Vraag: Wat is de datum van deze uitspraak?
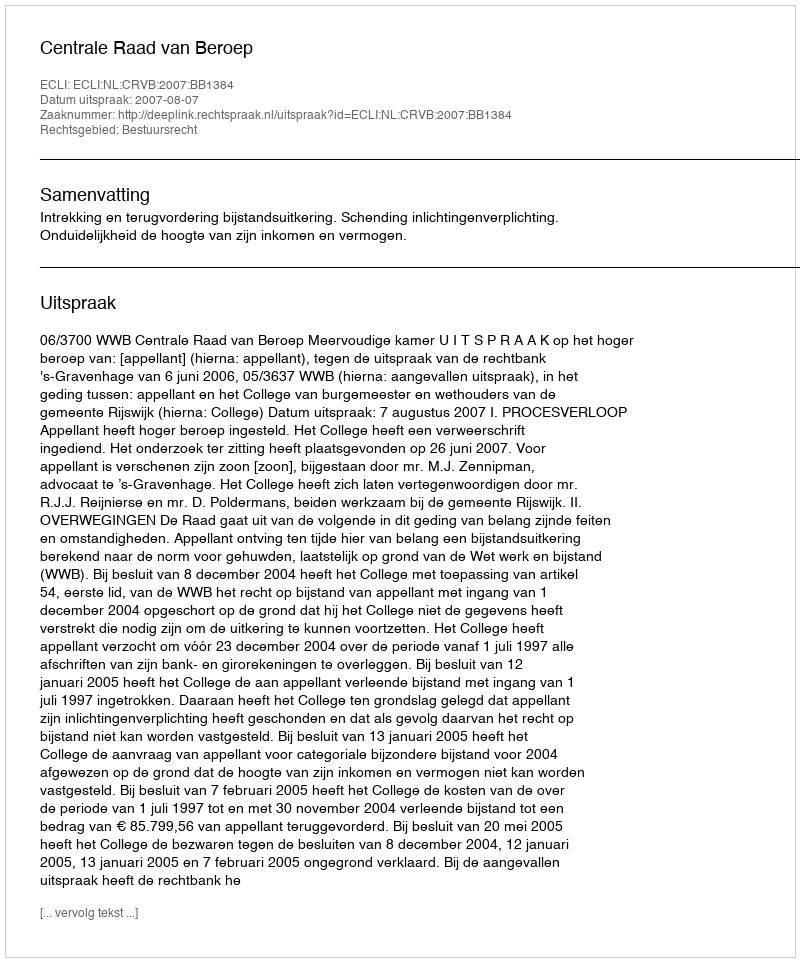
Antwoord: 2007-08-07